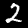
Label: 2